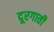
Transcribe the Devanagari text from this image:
दूरगाती